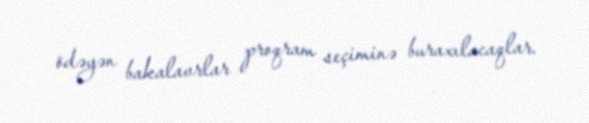
ödəyən bakalavrlar proqram seçiminə buraxılacaqlar.